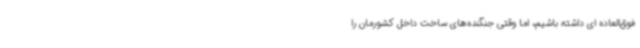
فوق‌العاده ای داشته باشیم، اما وقتی جنگنده‌های ساخت داخل کشورمان را